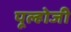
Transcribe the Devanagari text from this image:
पूल्होजी